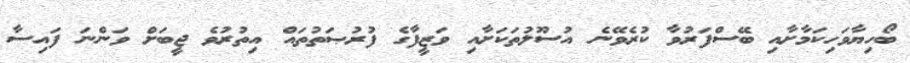
ބޯހިޔާވަހިކަމާށާއި ބޭސްފަރުވާ ކުރެވޭނެ އުސޫލުތަކަށާއި ވަޒީފާގެ ފުރުޞަތުތައް އިތުރުވެ ޖީބަށް ވަންނަ ފައިސާ